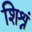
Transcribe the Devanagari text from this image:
शिश्नं